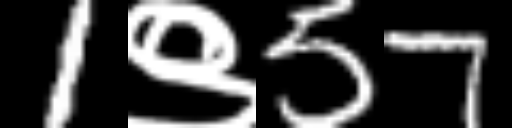
Text: 1९57